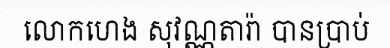
លោកហេង សុវណ្ណតារ៉ា បានប្រាប់